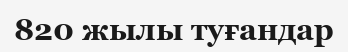
820 жылы туғандар